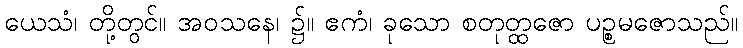
ယေသံ၊ တို့တွင်။ အဝသနေ၊ ၌။ ဧကံ၊ ခုသော စတုတ္ထဇော ပဉ္စမဇောသည်။